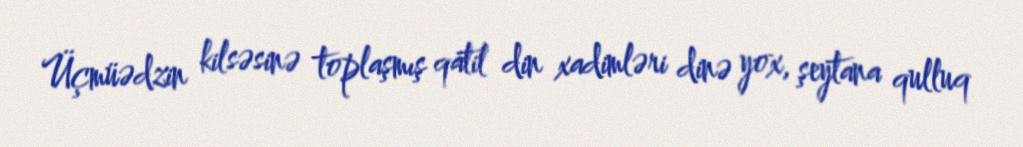
Üçmüədzin kilsəsinə toplaşmış qatil din xadimləri dinə yox, şeytana qulluq